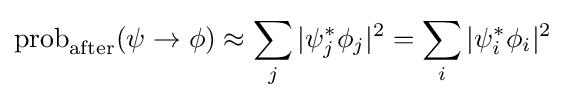
\operatorname {prob} _{\text{after}}(\psi \to \phi )\approx \sum _{j}|\psi _{j}^{*}\phi _{j}|^{2}=\sum _{i}|\psi _{i}^{*}\phi _{i}|^{2}